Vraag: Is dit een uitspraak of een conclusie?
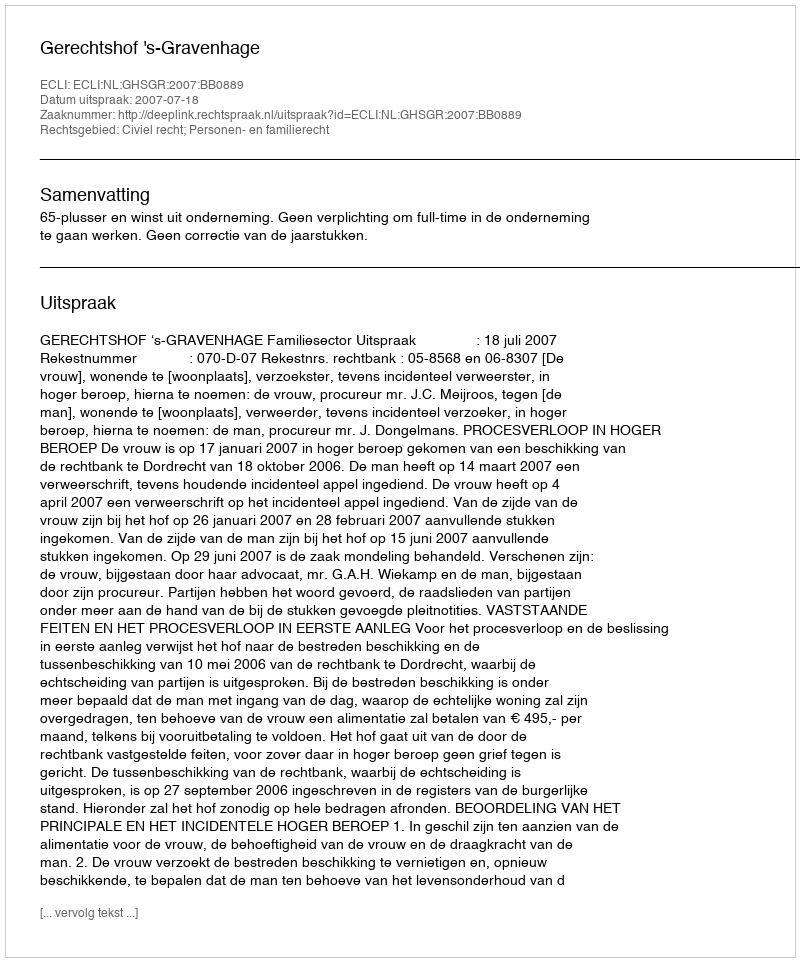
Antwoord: Uitspraak